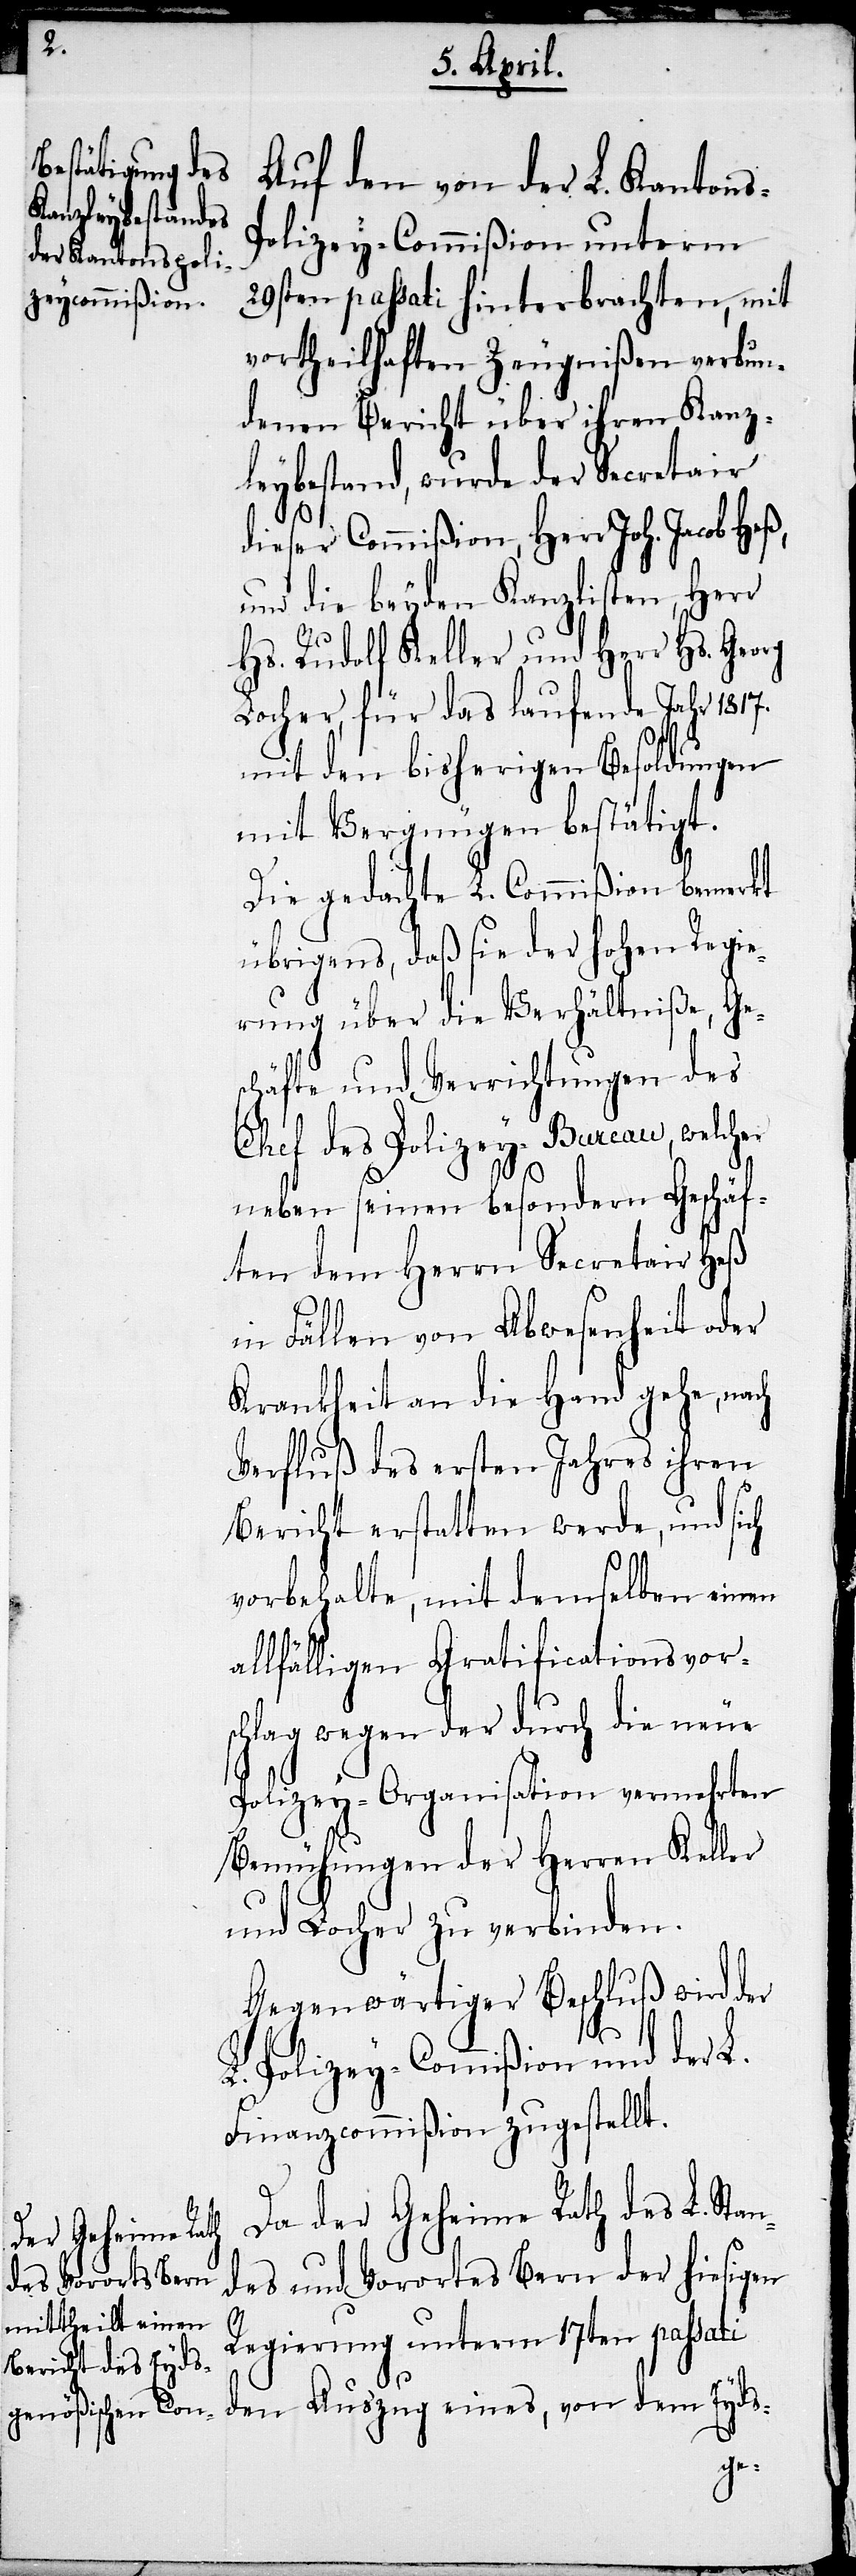
Auf den von der L. Kanton¬
olizey-Commißion unterm
29sten passati hinterbrachten, mit
vortheilhaften Zeugnißen verbun¬
denen Bericht über ihren Kanz¬
leybestand, wurde der Secretair
dieser Commißion, Herr Joh. Jacob Heß,
und die beyden Kanzlisten, Herr
Hs. Rudolf Keller und Herr Hs. Georg
Locher, für das laufende Jahr 1817.
mit den bisherigen Besoldungen
mit Vergnügen bestätigt.
Die gedachte L. Commißion bemerkt
übrigens, daß sie der hohen Regie¬
rung über die Verhältniße, Ges¬
chäfte und Verrichtungen des
Chef des Polizey-Bureau, welcher
neben seinen besondern Geschäf¬
ten dem Herrn Secretair Heß
in Fällen von Abwesenheit oder
Krankheit an die Hand gehe, nach
Verfluß des ersten Jahres ihren
Bericht erstatten werde, und sich
vorbehalte, mit demselben einen
allfälligen Gratificationsvor¬
schlag wegen der durch die neue
Polizey-Organisation vermehrten
Bemühungen der Herren Keller
und Locher zu verbinden.
Gegenwärtiger Beschluß wird der
Polizey-Commißion und der L.
Finanzcommißion zugestellt.
Da der Geheime Rath des L. Stan¬
des und Vorortes Bern der hiesigen
Regierung unterm 17ten passati
den Auszug eines, von dem Eyds-
s-P¬